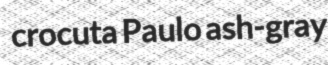
crocuta Paulo ash-gray